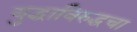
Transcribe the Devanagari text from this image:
युद्धाविरुद्धचा